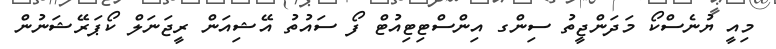
މިއީ ޔުނެސްކޯ މަދަންޖީތު ސިންގ އިންސްޓިޓިއުޓް ފޯ ސައުތު އޭޝިއަން ރީޖަނަލް ކޯޕަރޭޝަނުން